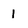
Character: 1